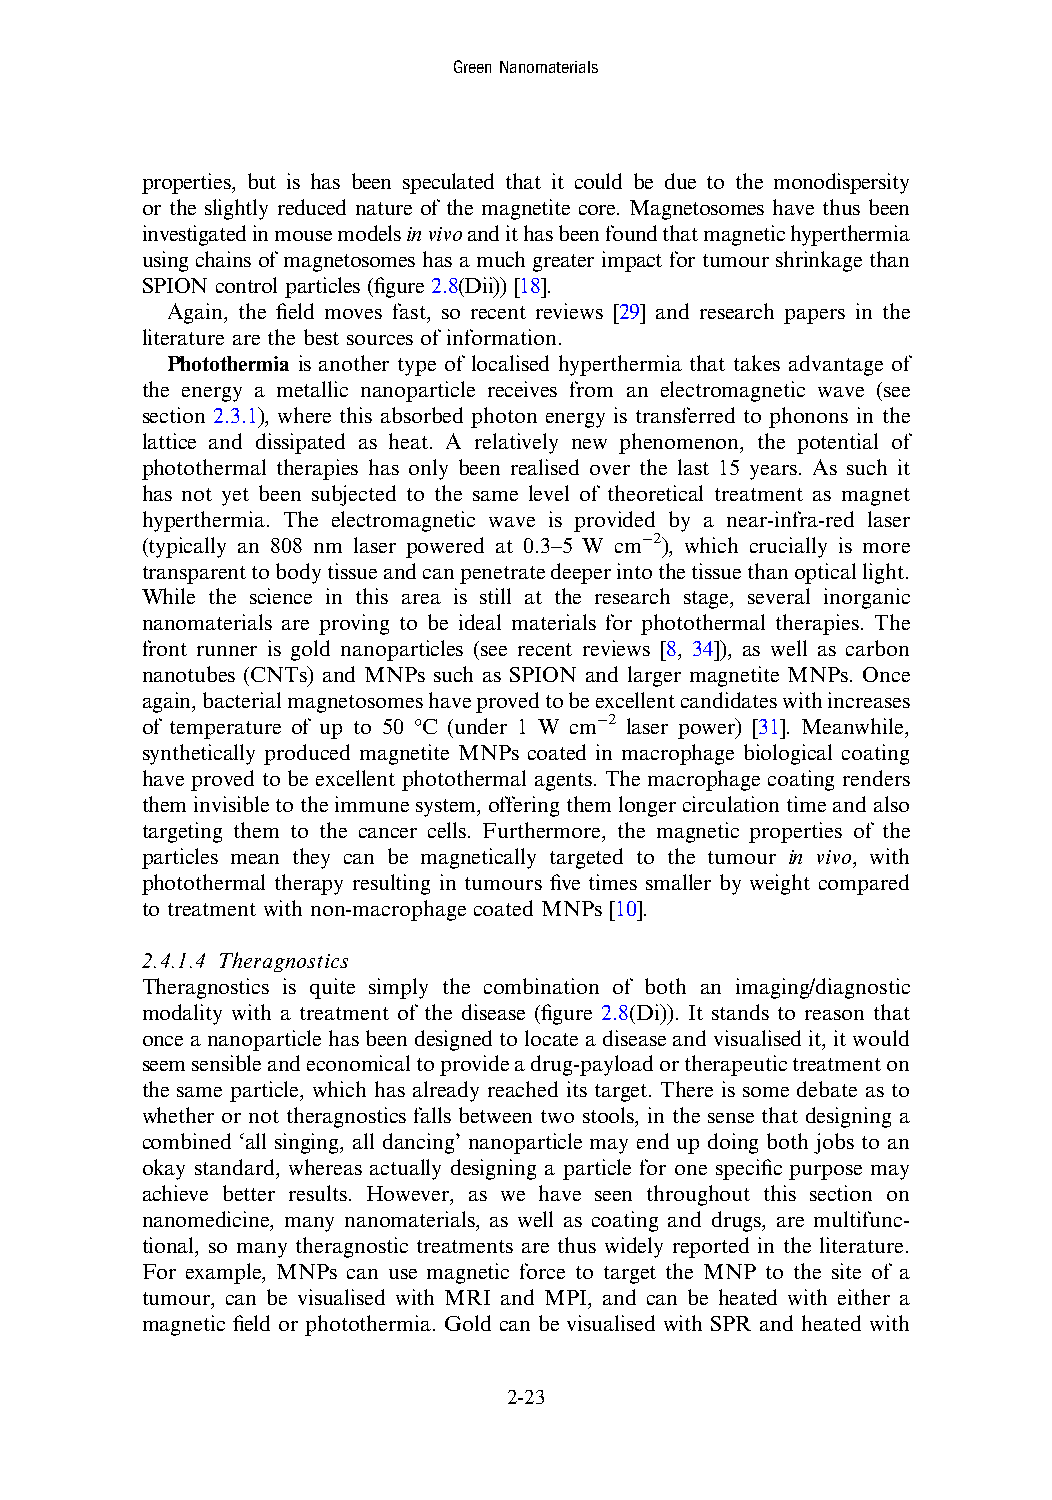
GreenNanomaterials
 properties, but is has been speculated that it could be due to the monodispersity
 or the slightly reduced nature of the magnetite core. Magnetosomes have thus been
 investigatedinmousemodelsinvivoandithasbeenfoundthatmagnetichyperthermia
 using chains of magnetosomes has a much greater impact for tumour shrinkage than
 SPION control particles (figure 2.8(Dii)) [18].
 Again, the field moves fast, so recent reviews [29] and research papers in the
 literature are the best sources of information.
 Photothermia is another type of localised hyperthermia that takes advantage of
 the energy a metallic nanoparticle receives from an electromagnetic wave (see
 section 2.3.1), where this absorbed photon energy is transferred to phonons in the
 lattice and dissipated as heat. A relatively new phenomenon, the potential of
 photothermal therapies has only been realised over the last 15 years. As such it
 has not yet been subjected to the same level of theoretical treatment as magnet
 hyperthermia. The electromagnetic wave is provided by a near-infra-red laser
 (typically an 808 nm laser powered at 0.3–5 W cm−2), which crucially is more
 transparenttobodytissueandcanpenetratedeeperintothetissuethanopticallight.
 While the science in this area is still at the research stage, several inorganic
 nanomaterials are proving to be ideal materials for photothermal therapies. The
 front runner is gold nanoparticles (see recent reviews [8, 34]), as well as carbon
 nanotubes (CNTs) and MNPs such as SPION and larger magnetite MNPs. Once
 again,bacterialmagnetosomeshaveprovedtobeexcellentcandidateswithincreases
 of temperature of up to 50 °C (under 1 W cm−2 laser power) [31]. Meanwhile,
 synthetically produced magnetite MNPs coated in macrophage biological coating
 have proved to be excellent photothermal agents. The macrophage coating renders
 theminvisibletotheimmunesystem,offeringthemlongercirculationtimeandalso
 targeting them to the cancer cells. Furthermore, the magnetic properties of the
 particles mean they can be magnetically targeted to the tumour in vivo, with
 photothermal therapy resulting in tumours five times smaller by weight compared
 to treatment with non-macrophage coated MNPs [10].
 2.4.1.4 Theragnostics
 Theragnostics is quite simply the combination of both an imaging/diagnostic
 modality with a treatment of the disease (figure 2.8(Di)). It stands to reason that
 onceananoparticlehasbeendesignedtolocateadiseaseandvisualisedit, itwould
 seemsensibleandeconomicaltoprovideadrug-payloadortherapeutictreatmenton
 the same particle, which has already reached its target. There is some debate as to
 whether or not theragnostics falls between two stools, in the sense that designing a
 combined ‘all singing, all dancing’ nanoparticle may end up doing both jobs to an
 okay standard, whereas actually designing a particle for one specific purpose may
 achieve better results. However, as we have seen throughout this section on
 nanomedicine, many nanomaterials, as well as coating and drugs, are multifunc-
 tional, so many theragnostic treatments are thus widely reported in the literature.
 For example, MNPs can use magnetic force to target the MNP to the site of a
 tumour, can be visualised with MRI and MPI, and can be heated with either a
 magnetic field or photothermia. Gold can be visualised with SPR and heated with
 2-23